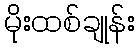
မိုးထစ်ချုန်း